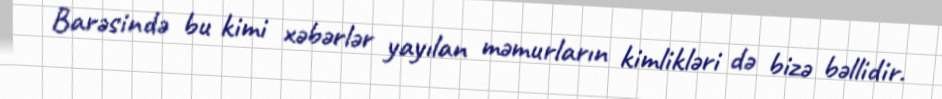
Barəsində bu kimi xəbərlər yayılan məmurların kimlikləri də bizə bəllidir.